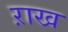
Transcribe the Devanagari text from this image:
ऱाख